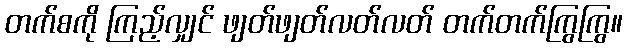
တက်စကို ကြည့်လျှင် ဖျတ်ဖျတ်လတ်လတ် တက်တက်ကြွကြွ။